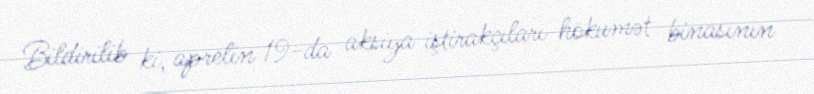
Bildirilib ki, aprelin 19-da aksiya iştirakçıları hökumət binasının